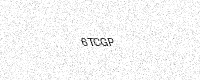
Text: 6TCGP